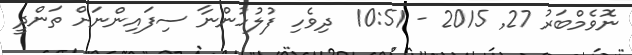
ނޮވެމްބަރު 27